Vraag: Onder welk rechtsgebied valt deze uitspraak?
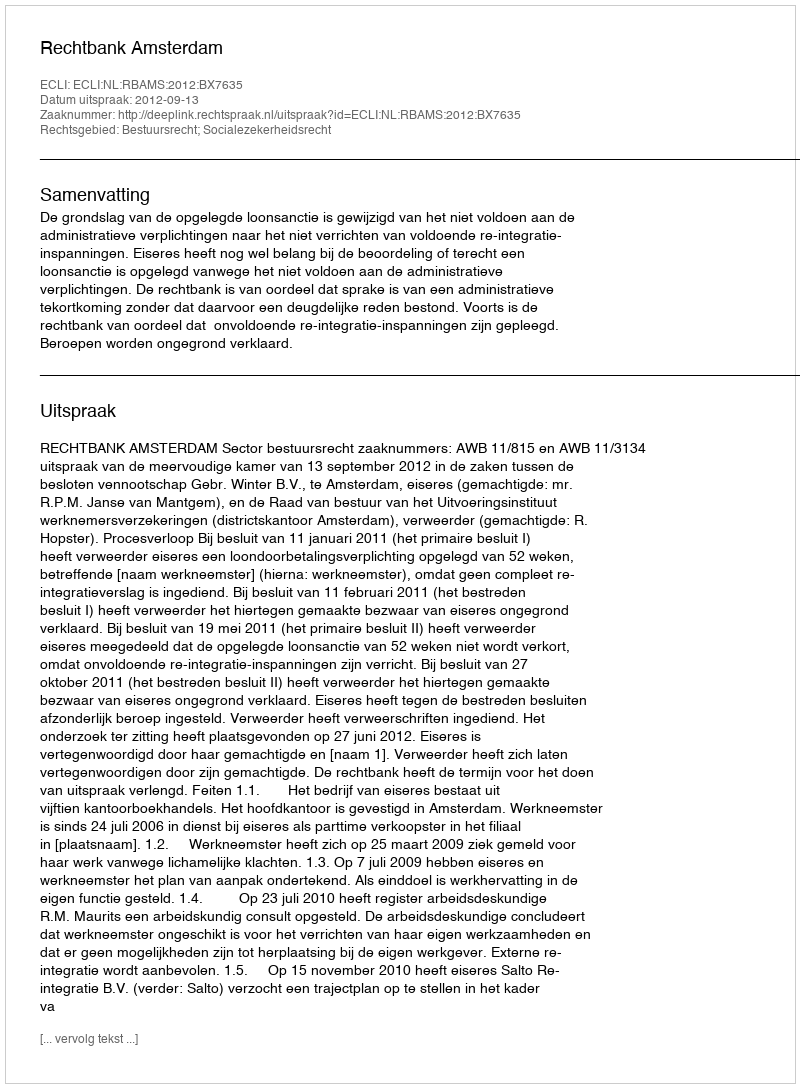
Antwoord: Bestuursrecht; Socialezekerheidsrecht